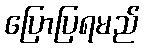
ပြောပြရမည်